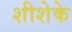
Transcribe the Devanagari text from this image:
शीशेके